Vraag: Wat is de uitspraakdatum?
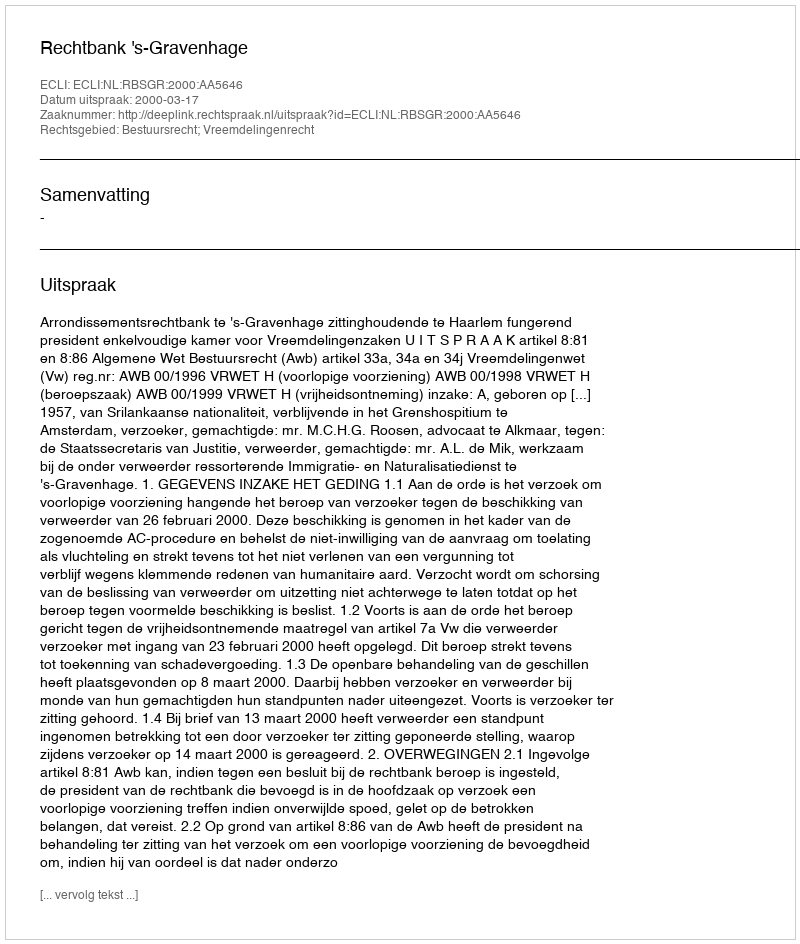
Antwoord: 2000-03-17